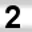
Digit: 2